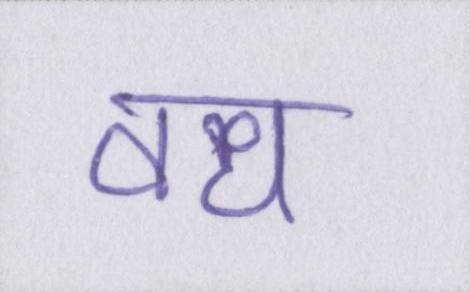
वध